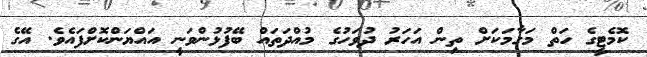
ކޮމެޓީގެ ހަތް މަގާމަކަށް ތިން އަހަރު ދުވަހުގެ މުއްދަތައް ބޭފުޅުންވަނީ އައްޔަންކޮށްފައެވެ. އޭގެ